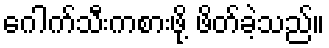
ဂေါက်သီးကစားဖို့ ဖိတ်ခဲ့သည်။